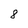
Character: 8